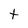
Character: t